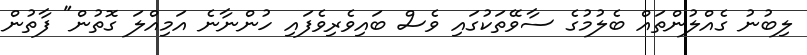
ލިބުނު ގެއްލުންތައް ބެލުމުގެ ސާވޭތަކުގައި ވެސް ބައިވެރިވެފައި ހުންނާނެ އަމިއްލަ ގޮތުން" ފާތުން